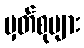
မှတ်စုများ